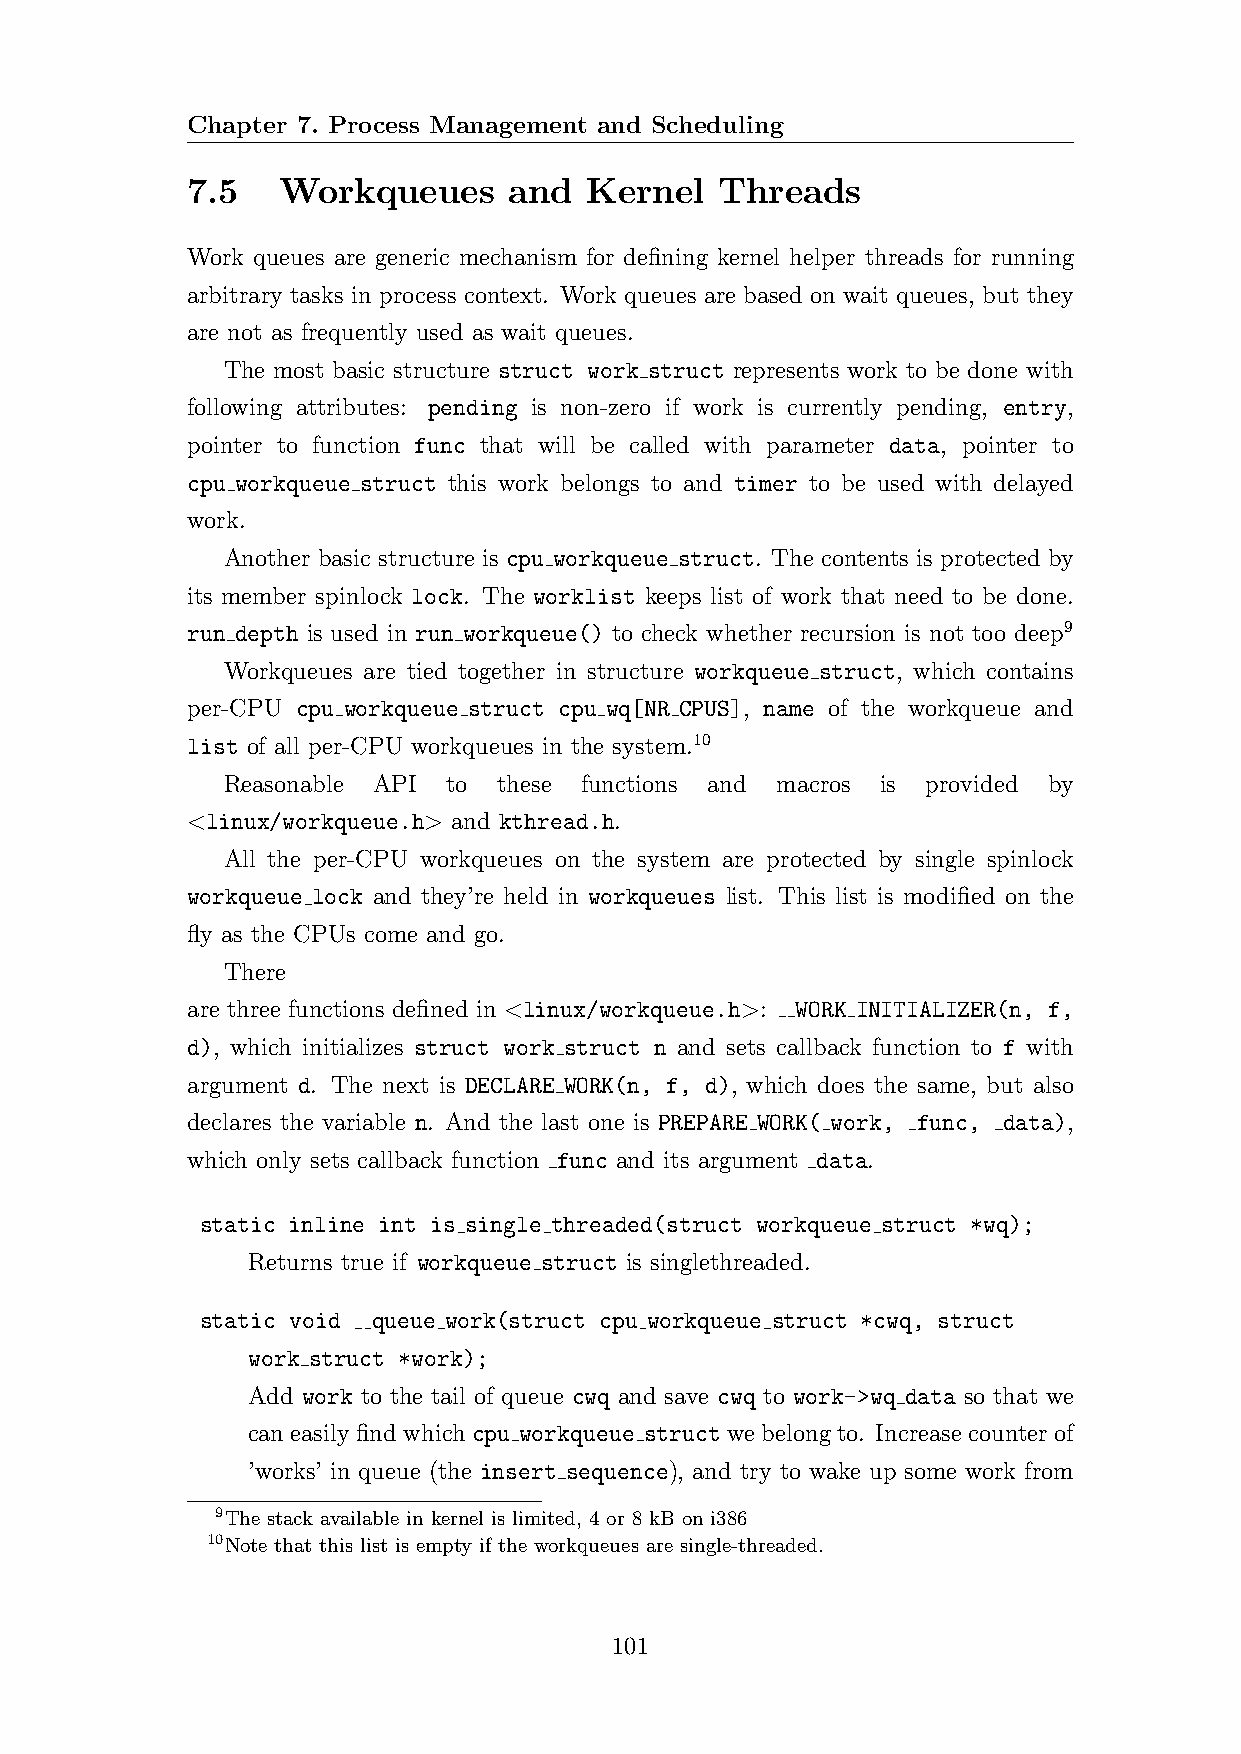
Chapter 7. Process Management and Scheduling
 7.5   Workqueues      and  Kernel   Threads
 Work queues are generic mechanism for defining kernel helper threads for running
 arbitrary tasks in process context. Work queues are based on wait queues, but they
 are not as frequently used as wait queues.
 The most basic structure struct work struct represents work to be done with
 following attributes: pending is non-zero if work is currently pending, entry,
 pointer to function func that will be called with parameter data, pointer to
 cpu workqueue struct this work belongs to and timer to be used with delayed
 work.
 Another basic structure is cpu workqueue struct. The contents is protected by
 its member spinlock lock. The worklist keeps list of work that need to be done.
 run depth is used in run workqueue() to check whether recursion is not too deep9
 Workqueues are tied together in structure workqueue struct, which contains
 per-CPU cpu workqueue struct cpu wq[NR CPUS], name of the workqueue and
 list of all per-CPU workqueues in the system.10
 Reasonable API to these functions and macros is provided by
 <linux/workqueue.h> and kthread.h.
 All the per-CPU workqueues on the system are protected by single spinlock
 workqueue lock and they’re held in workqueues list. This list is modified on the
 fly as the CPUs come and go.
 There
 are three functions defined in <linux/workqueue.h>: WORK INITIALIZER(n, f,
 d), which initializes struct work struct n and sets callback function to f with
 argument d. The next is DECLARE WORK(n, f, d), which does the same, but also
 declares the variable n. And the last one is PREPARE WORK( work, func, data),
 which only sets callback function func and its argument data.
 static inline int is single threaded(struct workqueue struct *wq);
 Returns true if workqueue struct is singlethreaded.
 static void queue work(struct cpu workqueue struct *cwq, struct
 work struct *work);
 Add work to the tail of queue cwq and save cwq to work->wq data so that we
 can easily find which cpu workqueue struct we belong to. Increase counter of
 ’works’ in queue (the insert sequence), and try to wake up some work from
 9The stack available in kernel is limited, 4 or 8 kB on i386
 10Note that this list is empty if the workqueues are single-threaded.
 101